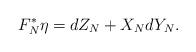
LaTeX: \begin{align*}F_N^*\eta=dZ_N + X_NdY_N.\end{align*}